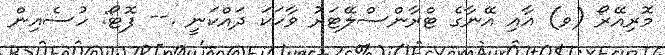
މޮރިއޭރޯ (ވ) އާއި އޭނާގެ ޓްރާންސްލޭޓަރު ވާހަކަ ދައްކަނީ .-- ފޮޓޯ: ހުސެއިން